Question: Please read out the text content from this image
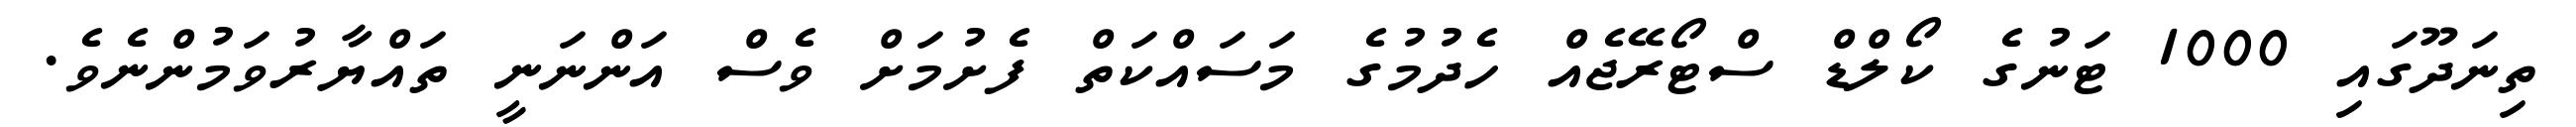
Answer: ތިނަދޫގައި 1000 ޓަނުގެ ކޯލްޑް ސްޓޯރޭޖެއް ހެދުމުގެ މަސައްކަތް ފެށުމަށް ވެސް އަންނަނީ ތައްޔާރުވަމުންނެވެ.